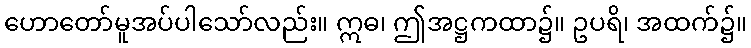
ဟောတော်မူအပ်ပါသော်လည်း။ ဣဓ၊ ဤအဋ္ဌကထာ၌။ ဥပရိ၊ အထက်၌။